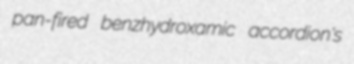
pan-fired benzhydroxamic accordion's